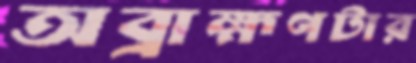
অব্রাহ্মণটার